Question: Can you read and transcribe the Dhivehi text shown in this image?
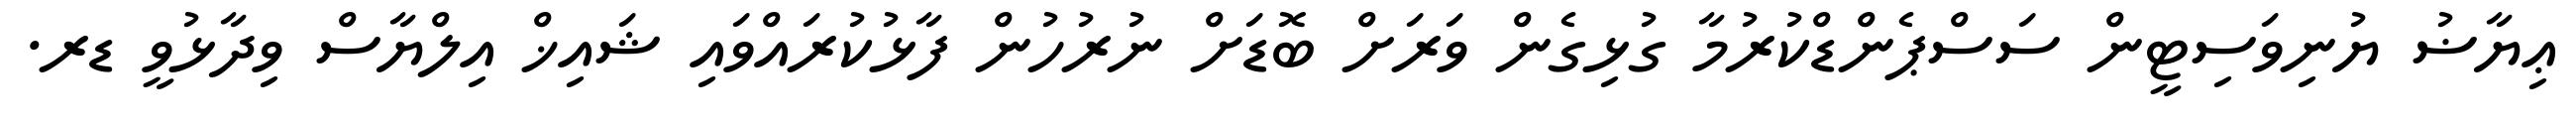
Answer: ޢިޔާޟު ޔުނިވަސިޓީން ސަސްޕެންޑްކުރުމާ ގުޅިގެން ވަރަށް ބޮޑަށް ނުރުހުން ފާޅުކުރައްވައި ޝައިޚް އިލްޔާސް ވިދާޅުވީ ޑރ.